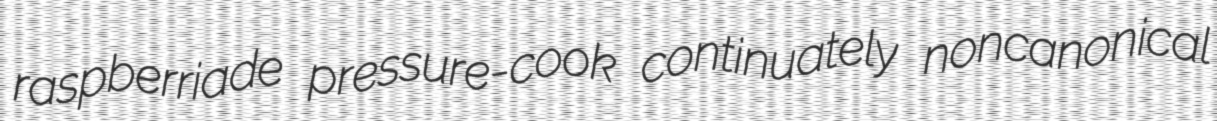
raspberriade pressure-cook continuately noncanonical